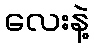
လေးနဲ့